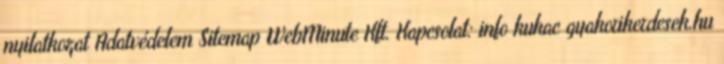
nyilatkozat Adatvédelem Sitemap WebMinute Kft. Kapcsolat: info kukac gyakorikerdesek.hu